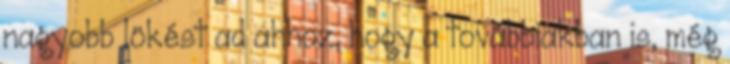
nagyobb lökést ad ahhoz, hogy a továbbiakban is, még